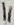
Text: 11